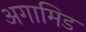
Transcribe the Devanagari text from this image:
अगामिड